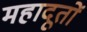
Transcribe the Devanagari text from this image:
महादूतों